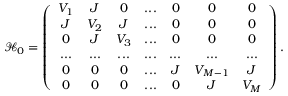
\mathcal { H } _ { 0 } = \left( \begin{array} { c c c c c c c } { V _ { 1 } } & { J } & { 0 } & { . . . } & { 0 } & { 0 } & { 0 } \\ { J } & { V _ { 2 } } & { J } & { . . . } & { 0 } & { 0 } & { 0 } \\ { 0 } & { J } & { V _ { 3 } } & { . . . } & { 0 } & { 0 } & { 0 } \\ { . . . } & { . . . } & { . . . } & { . . . } & { . . . } & { . . . } & { . . . } \\ { 0 } & { 0 } & { 0 } & { . . . } & { J } & { V _ { M - 1 } } & { J } \\ { 0 } & { 0 } & { 0 } & { . . . } & { 0 } & { J } & { V _ { M } } \end{array} \right) .